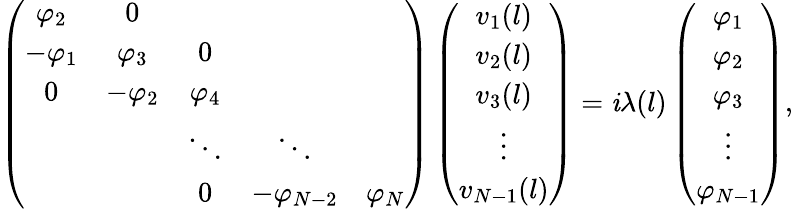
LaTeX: \left(\begin{array}{ccccc}{\varphi_{2}}&{0}&&&\\ {-\varphi_{1}}&{\varphi_{3}}&{0}&&\\ {0}&{-\varphi_{2}}&{\varphi_{4}}&&\\ &&{\ddots}&{\ddots}&\\ &&{0}&{-\varphi_{N-2}}&{\varphi_{N}}\end{array}\right)\left(\begin{array}{c}{v_{1}(l)}\\ {v_{2}(l)}\\ {v_{3}(l)}\\ {\vdots}\\ {v_{N-1}(l)}\end{array}\right)=\mathit{i}\lambda(l)\left(\begin{array}{c}{\varphi_{1}}\\ {\varphi_{2}}\\ {\varphi_{3}}\\ {\vdots}\\ {\varphi_{N-1}}\end{array}\right),